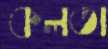
কলতা